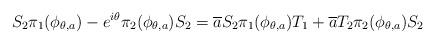
LaTeX: \begin{align*}S_{2}\pi_{1}(\phi_{\theta, a}) - e^{i \theta} \pi_{2}(\phi_{\theta, a}) S_{2} = \overline{a}S_{2}\pi_{1}(\phi_{\theta, a})T_{1} + \overline{a} T_{2} \pi_{2}(\phi_{\theta, a}) S_{2}\end{align*}